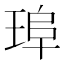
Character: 𤦞